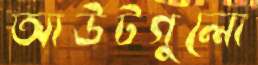
আউটগুলো